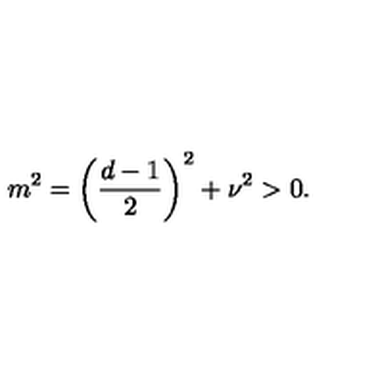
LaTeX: m ^ { 2 } = \left( \frac { d - 1 } { 2 } \right) ^ { 2 } + \nu ^ { 2 } > 0 .